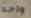
واحد